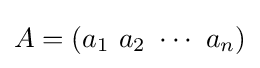
A=(a_{1}\ a_{2}\ \cdots \ a_{n})